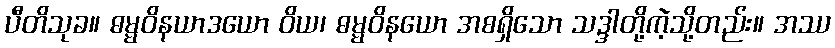
ပီတိသုခ။ ဓမ္မဝိနယာဒယော ဝိယ၊ ဓမ္မဝိနယော အစရှိသော သဒ္ဒါတို့ကဲ့သို့တည်း။ အဿ